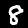
Digit: 8